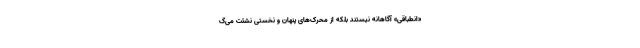
«انطباقی» آگاهانه نیستند بلکه از محرک‌های پنهان و نخستی نشئت می‌گ